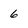
Character: 6